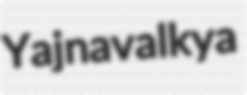
Yajnavalkya